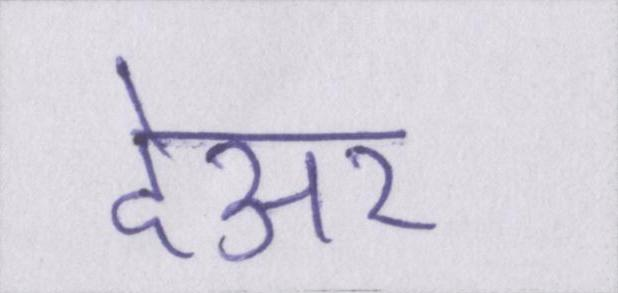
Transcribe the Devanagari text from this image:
देअर